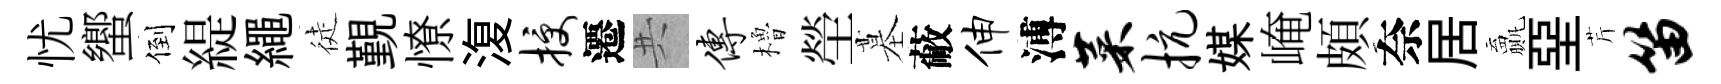
忧蠁倒緹繩徒覲憭𣸪授遷共传櫓塋墓蔽伸溥菜抗媒崦頗奈居贏堊芹笛